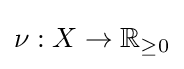
\nu :X\to \mathbb {R} _{\geq 0}